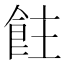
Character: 飳